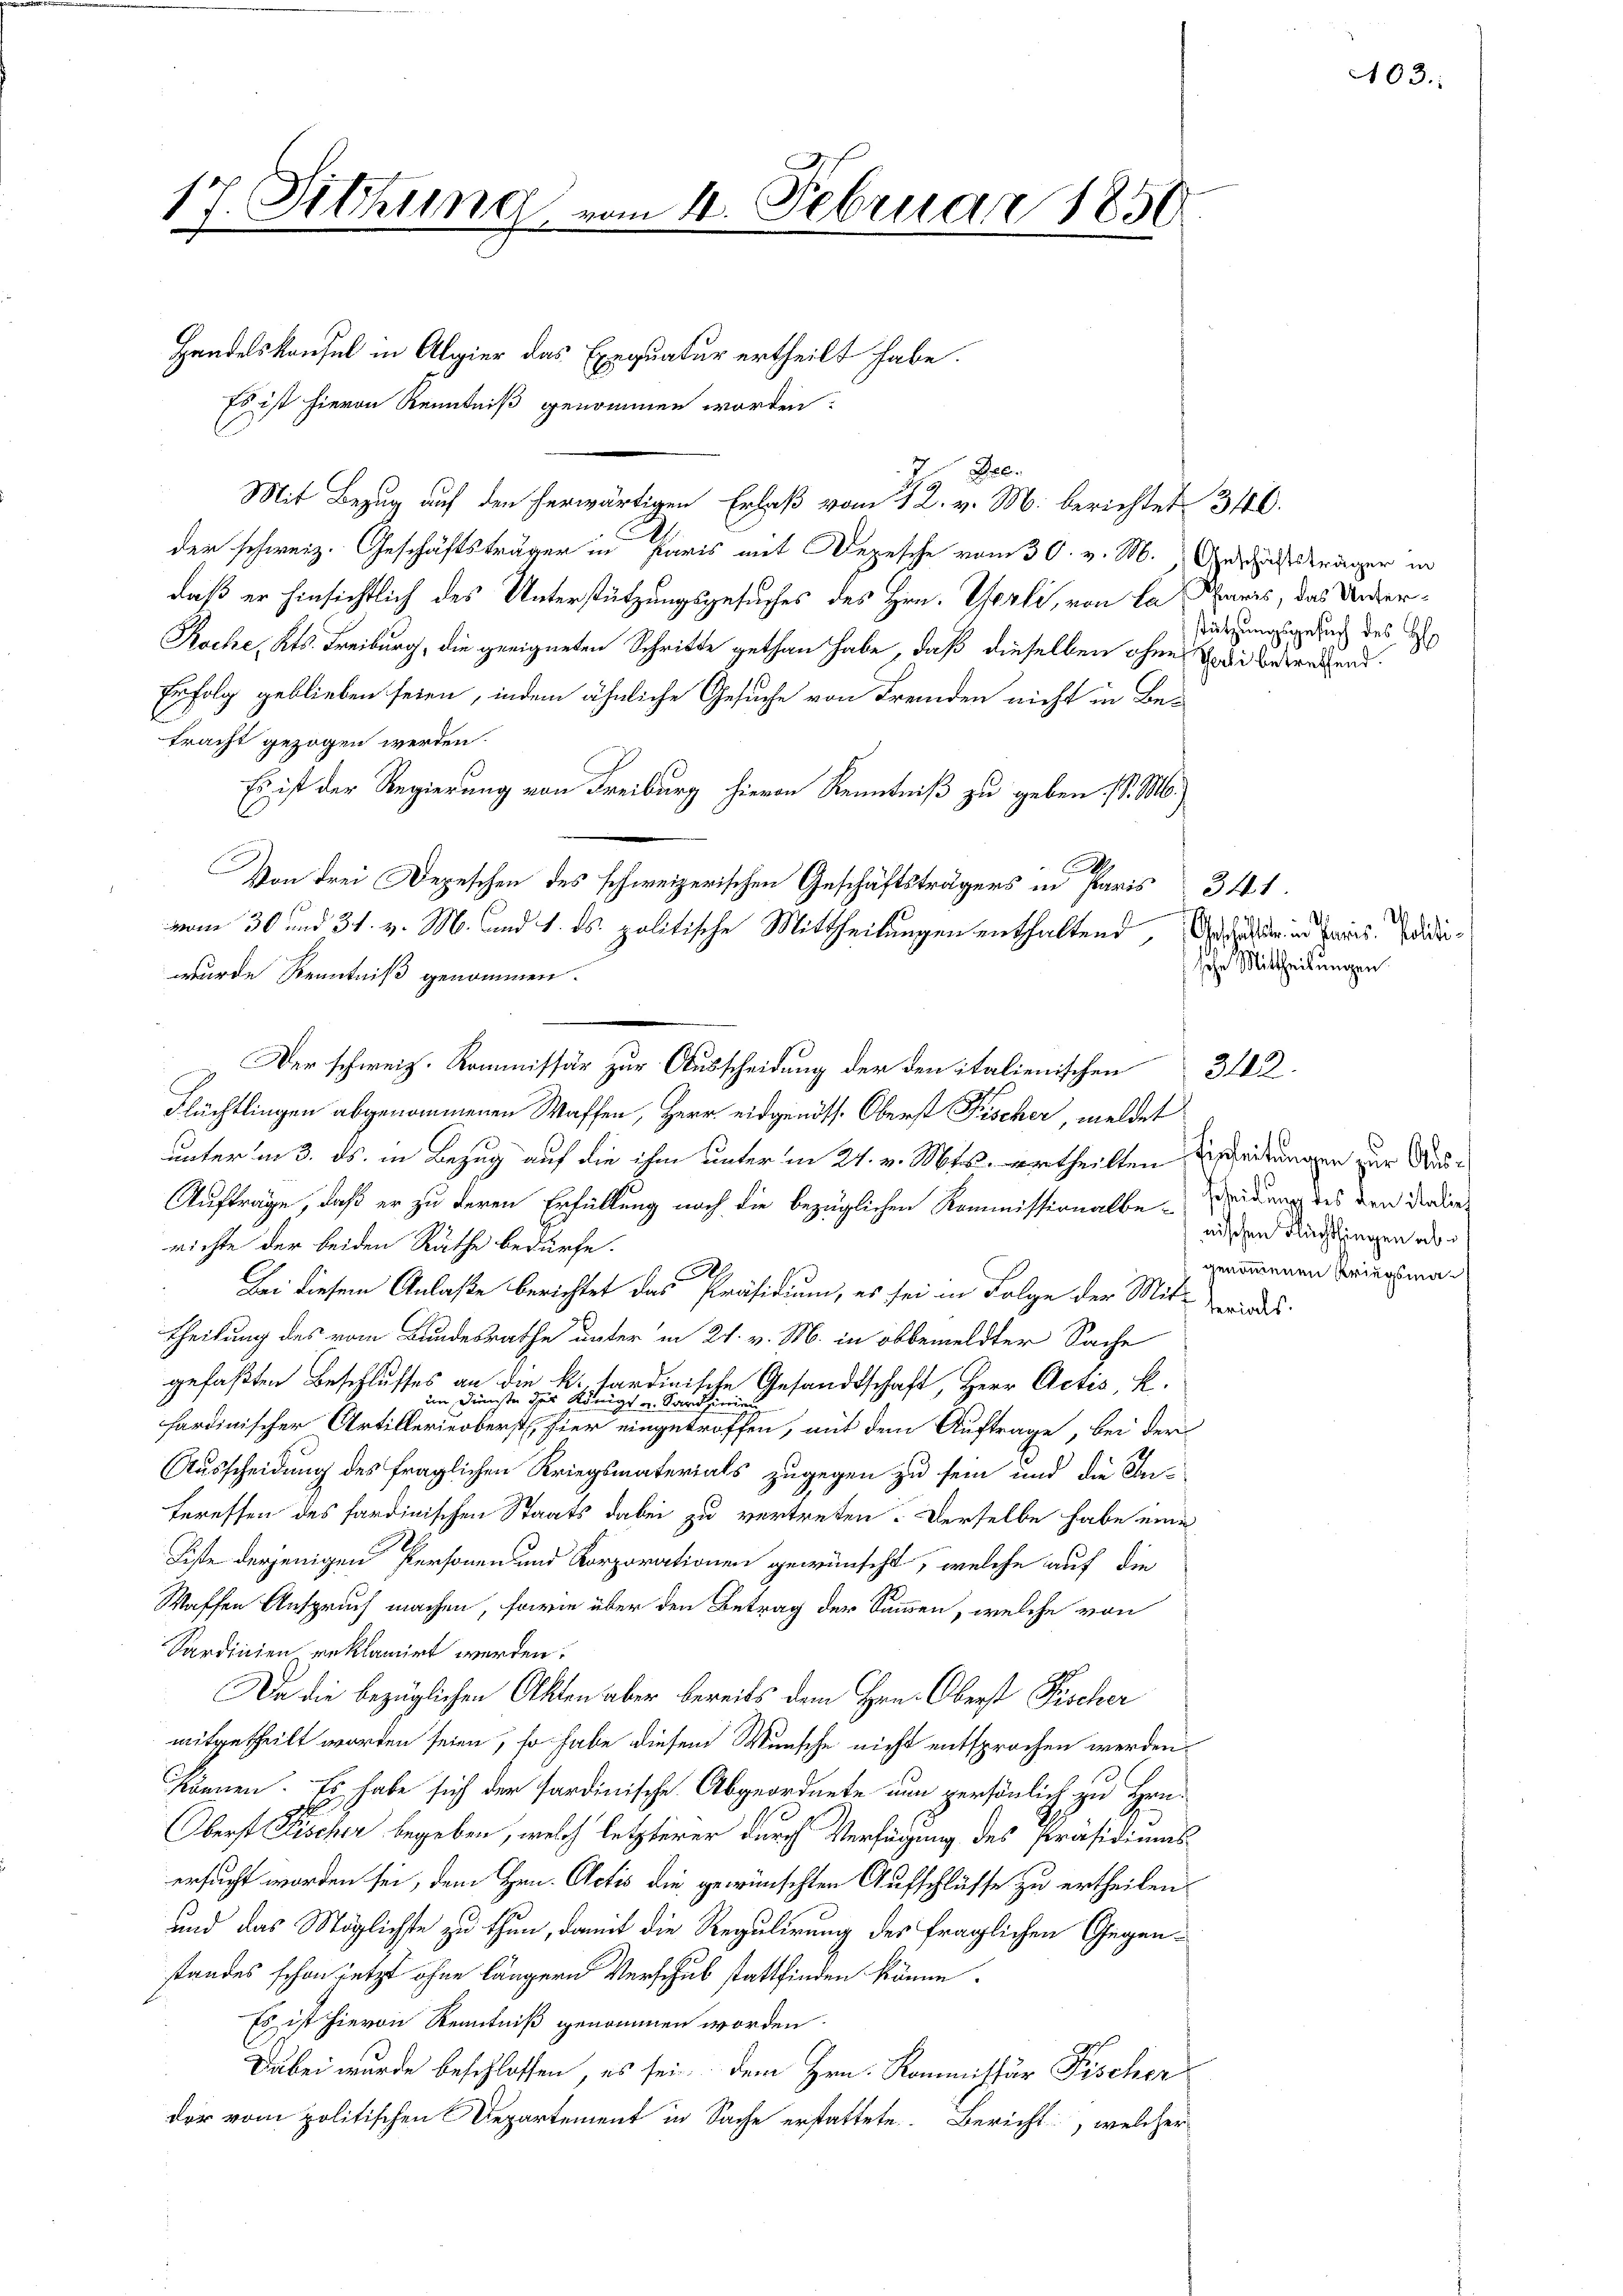
se Sittima vom 4. Februar 1850.
f

Handelskonsul in Algier das Exequatur ertheilt habe.
Es ist hievon Kenntniß genommen worden.
7. Gel
Mit Bezug auf den herwärtigen Erlaß vom 12. v. M. berichtet 346.
der schweiz. Geschäftsträger in Paris mit Depesche vom 30. v. M. Geschäftsträger in
daß er hinsichtlich des Unterstützungsgesuches des Hrn. Gerli, von la Paris, das Unter¬
Koche, Kts. Freiburg, die geeigneten Schritte gethan habe, daß dieselben ohne Todi betretend
Erfolg geblieben seien, indem ähnliche Gesuche von Fremden nicht in Be-
tracht gezogen werden.
Es ist der Regierung von Freiburg hievon Kenntniß zu geben. (l. M.)
.
Von drei Depeschen des schweizerischen Geschäftsträgers in Paris 341.
Flüchtlingen abgenommenen Waffen, Herr eidgenöss. Oberst Fischer, meldet
unter in 3. ds. in Bezug auf die ihm unter in 24. v. Mts. ertheilten Ertheilungen zur Aus¬
Aufträge, daß er zu deren Erfüllung noch die bezüglichen Kommissionalbe-idung des den Ferdienrichte der beiden Räthe bedürfe.
.
Bei diesem Anlaße berichtet das Präsidium, es sei in Folge der Mit wider-
theilung des vom Bundesrathe unter in 21. v. M. in obbemeldter Sache
gefaßten Beschlusses an die kopfandinische Gesandtschaft, Herr Actis, k.
hardinischer Artillerieberst, hier eingetroffen, mit dem Auftrage, bei der
Ausscheidung des fraglichen Kriegsmaterials zugegen zu sein und die Interessen des sardinischen Staats dabei zu vertreten. Derselbe habe eine
Liste derjenigen Personen und Korporationen gewünscht, welche auf die
Waffen Anspruch machen, sowie über den Betrag der Sammen, welche von
Sardinien reklamirt werden.
Da die bezüglichen Akten aber bereits dem Hrn. Oberst Fischer
mitgetheilt worden seien, so habe diesem Wunsche nicht entsprochen werden.
können. Es habe sich der sardinische Abgeordnete nun persönlich zu Han¬
Oberst Fischer begeben, welch letzterer durch Verfügung des Präsidimas
ersucht worden sei, dem Hrn. Actis die gewünschten Aufschlüsse zu ertheilen
und das Möglichste zu thun, damit die Regulirung des fraglichen Gegenstandes schon jetzt ohne längern Verschul stattfinden könne.
Es ist hievon Kenntniß genommen worden.
Dabei wurde beschlossen, es sei dem Hrn. Kommissär Fischer
der vom politischen Departement in Sache erstattete. Bericht, welcher

vom 30 und 31. v. M. und 1. ds. politische Mittheilungen enthaltend, Geschulden in Paris. Ididiwurde Kenntniß genommen.
Der schweiz. Kommissär zur Ausscheidung der den italienischen 312

stützungsgesuch des H

nischen Flachthingen ab
genommenen Kriegsma¬

sche Mittheilungen.

103.